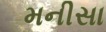
મનીસા